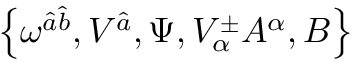
\left\{ \omega ^ { \widehat { a } \widehat { b } } , V ^ { \widehat { a } } , \Psi , V _ { \alpha } ^ { \pm } A ^ { \alpha } , B \right\}